Lunatic asylums Punjab 1895-1910 - 1895-1910
Year: 1895
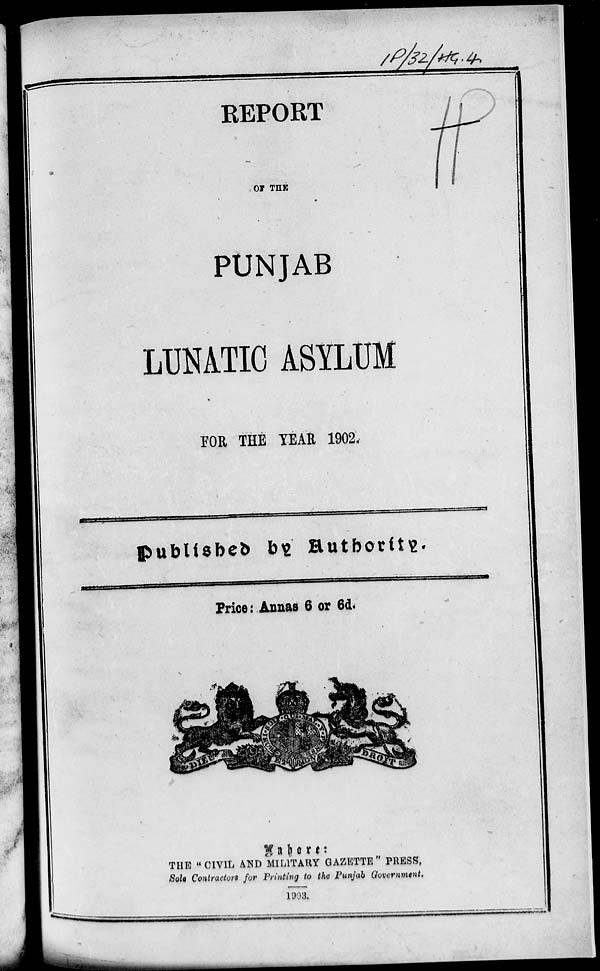
REPORT
OF THE
PUNJAB
LUNATIC ASYLUM
FOR THE YEAR 1902.
Published by Authority.
Price: Annas 6 or 6d.
Lahore:
THE "CIVIL AND MILITARY GAZETTE" PRESS,
Sole Contractors for Printing to the Punjab Government.
1903.